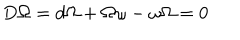
D \Omega = d \Omega + \Omega \omega - \omega \Omega = 0